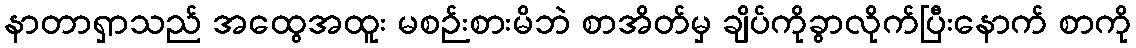
နာတာရှာသည် အထွေအထူး မစဉ်းစားမိဘဲ စာအိတ်မှ ချိပ်ကိုခွာလိုက်ပြီးနောက် စာကို